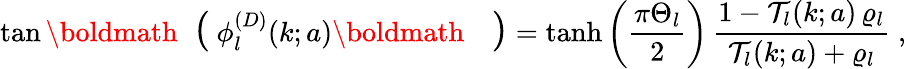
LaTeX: \tan\mathrm{\boldmath\Large~\left(~\right.~}\! \! \! \phi_{l}^{(D)}(k;a)\mathrm{\boldmath\Large~\left.~\right)~}\! \! =\operatorname{tanh}\left(\frac{\pi\Theta_{l}}{2}\right)\, \frac{1-{\mathcal T}_{l}(k;a)\, \varrho_{l}}{{\mathcal T}_{l}(k;a)+\varrho_{l}}\; ,